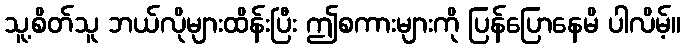
သူ့စိတ်သူ ဘယ်လိုများထိန်းပြီး ဤစကားများကို ပြန်ပြောနေမိ ပါလိမ့်။